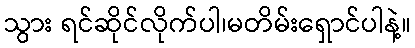
သွား ရင်ဆိုင်လိုက်ပါ၊မတိမ်းရှောင်ပါနဲ့။